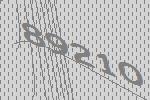
89210